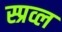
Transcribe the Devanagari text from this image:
स्प्रव्ल